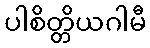
ပါစိတ္တိယဂါမီ